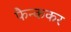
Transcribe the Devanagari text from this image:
फैन्ककर